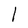
Character: l